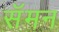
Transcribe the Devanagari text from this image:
सॅमन